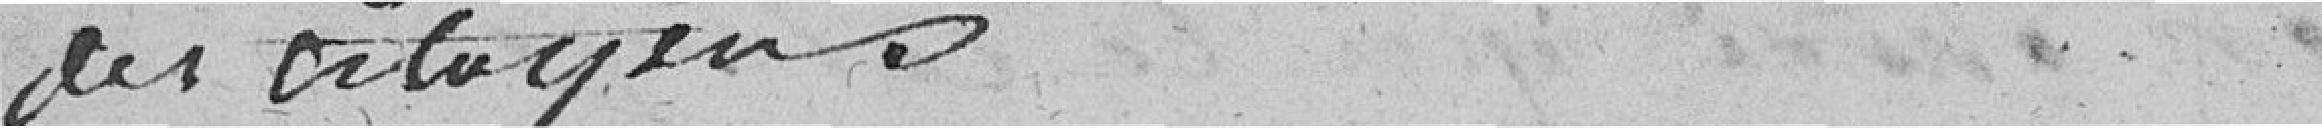
des citoyens